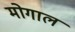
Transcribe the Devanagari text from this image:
मोगाल